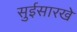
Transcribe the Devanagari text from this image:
सुईसारखे